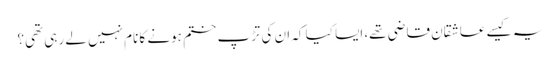
یہ کیسے عاشقان قاضی تھے، ایسا کیا کہ ان کی تڑپ ختم ہونے کا نام نہیں لے رہی تھی؟